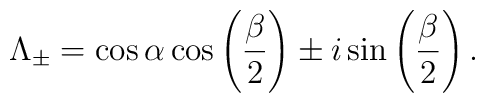
\Lambda_\pm =\cos \alpha \cos \left(\frac{\beta}{2}\right) \pm i \sin \left(\frac{\beta}{2}\right).